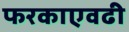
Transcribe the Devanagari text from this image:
फरकाएवढी